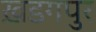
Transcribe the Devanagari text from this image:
ख़डगपुर